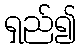
ရှည်၍